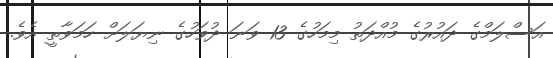
އަސްލަމްގެ ދައުރުގެ މުއްދަތު މިމަހުގެ 13 ވަނަ ދުވަހުގެ ނިޔަލަށް ހަމަވާތީ އެވެ.